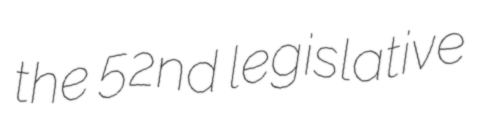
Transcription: the 52nd legislative